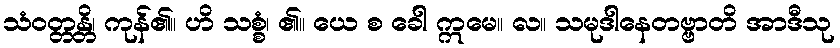
သံဝတ္တန္တိ၊ ကုန်၏။ ဟိ သစ္စံ၊ ၏။ ယေ စ ခေါ ဣမေ။ လ။ သမုဒါနေတဗ္ဗာတိ အာဒီသု